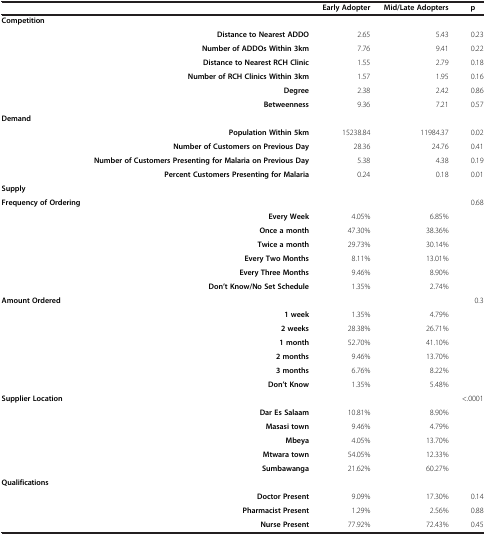
<table><thead><tr><td><b> </b></td><td><b> </b></td><td><b>Early Adopter</b></td><td><b>Mid/Late Adopters</b></td><td><b>p</b></td></tr></thead><tbody><tr><td><b>Competition</b></td><td> </td><td> </td><td> </td><td> </td></tr><tr><td> </td><td><b>Distance to Nearest ADDO</b></td><td>2.65</td><td>5.43</td><td>0.23</td></tr><tr><td> </td><td><b>Number of ADDOs Within 3km</b></td><td>7.76</td><td>9.41</td><td>0.22</td></tr><tr><td> </td><td><b>Distance to Nearest RCH Clinic</b></td><td>1.55</td><td>2.79</td><td>0.18</td></tr><tr><td> </td><td><b>Number of RCH Clinics Within 3km</b></td><td>1.57</td><td>1.95</td><td>0.16</td></tr><tr><td> </td><td><b>Degree</b></td><td>2.38</td><td>2.42</td><td>0.86</td></tr><tr><td> </td><td><b>Betweenness</b></td><td>9.36</td><td>7.21</td><td>0.57</td></tr><tr><td><b>Demand</b></td><td> </td><td> </td><td> </td><td> </td></tr><tr><td> </td><td><b>Population Within 5km</b></td><td>15238.84</td><td>11984.37</td><td>0.02</td></tr><tr><td> </td><td><b>Number of Customers on Previous Day</b></td><td>28.36</td><td>24.76</td><td>0.41</td></tr><tr><td> </td><td><b>Number of Customers Presenting for Malaria on Previous Day</b></td><td>5.38</td><td>4.38</td><td>0.19</td></tr><tr><td> </td><td><b>Percent Customers Presenting for Malaria</b></td><td>0.24</td><td>0.18</td><td>0.01</td></tr><tr><td><b>Supply</b></td><td> </td><td> </td><td> </td><td> </td></tr><tr><td><b>Frequency of Ordering</b></td><td> </td><td> </td><td> </td><td>0.68</td></tr><tr><td> </td><td><b>Every Week</b></td><td>4.05%</td><td>6.85%</td><td> </td></tr><tr><td> </td><td><b>Once a month</b></td><td>47.30%</td><td>38.36%</td><td> </td></tr><tr><td> </td><td><b>Twice a month</b></td><td>29.73%</td><td>30.14%</td><td> </td></tr><tr><td> </td><td><b>Every Two Months</b></td><td>8.11%</td><td>13.01%</td><td> </td></tr><tr><td> </td><td><b>Every Three Months</b></td><td>9.46%</td><td>8.90%</td><td> </td></tr><tr><td> </td><td><b>Don’t Know/No Set Schedule</b></td><td>1.35%</td><td>2.74%</td><td> </td></tr><tr><td><b>Amount Ordered</b></td><td> </td><td> </td><td> </td><td>0.3</td></tr><tr><td> </td><td><b>1 week</b></td><td>1.35%</td><td>4.79%</td><td> </td></tr><tr><td> </td><td><b>2 weeks</b></td><td>28.38%</td><td>26.71%</td><td> </td></tr><tr><td> </td><td><b>1 month</b></td><td>52.70%</td><td>41.10%</td><td> </td></tr><tr><td> </td><td><b>2 months</b></td><td>9.46%</td><td>13.70%</td><td> </td></tr><tr><td> </td><td><b>3 months</b></td><td>6.76%</td><td>8.22%</td><td> </td></tr><tr><td> </td><td><b>Don’t Know</b></td><td>1.35%</td><td>5.48%</td><td> </td></tr><tr><td><b>Supplier Location</b></td><td> </td><td> </td><td> </td><td>&lt;.0001</td></tr><tr><td> </td><td><b>Dar Es Salaam</b></td><td>10.81%</td><td>8.90%</td><td> </td></tr><tr><td> </td><td><b>Masasi town</b></td><td>9.46%</td><td>4.79%</td><td> </td></tr><tr><td> </td><td><b>Mbeya</b></td><td>4.05%</td><td>13.70%</td><td> </td></tr><tr><td> </td><td><b>Mtwara town</b></td><td>54.05%</td><td>12.33%</td><td> </td></tr><tr><td> </td><td><b>Sumbawanga</b></td><td>21.62%</td><td>60.27%</td><td> </td></tr><tr><td><b>Qualifications</b></td><td> </td><td> </td><td> </td><td> </td></tr><tr><td> </td><td><b>Doctor Present</b></td><td>9.09%</td><td>17.30%</td><td>0.14</td></tr><tr><td> </td><td><b>Pharmacist Present</b></td><td>1.29%</td><td>2.56%</td><td>0.88</td></tr><tr><td> </td><td><b>Nurse Present</b></td><td>77.92%</td><td>72.43%</td><td>0.45</td></tr></tbody></table>